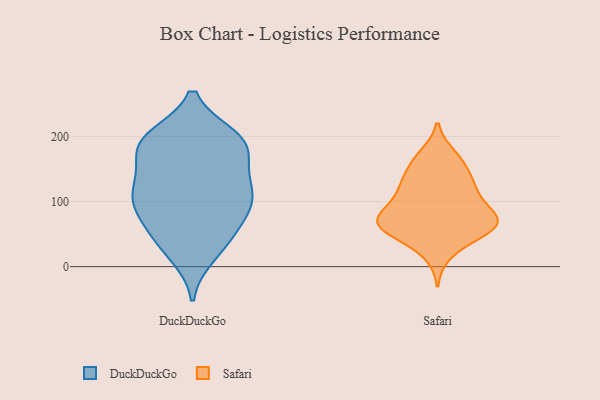
{"axis": {"x": "Market Share (%)", "y": "Value"}, "legend": ["DuckDuckGo", "Safari"], "data": [{"x": "", "y": 83, "type": "DuckDuckGo"}, {"x": "", "y": 198, "type": "DuckDuckGo"}, {"x": "", "y": 118, "type": "DuckDuckGo"}, {"x": "", "y": 146, "type": "DuckDuckGo"}, {"x": "", "y": 104, "type": "DuckDuckGo"}, {"x": "", "y": 138, "type": "DuckDuckGo"}, {"x": "", "y": 191, "type": "DuckDuckGo"}, {"x": "", "y": 108, "type": "DuckDuckGo"}, {"x": "", "y": 192, "type": "DuckDuckGo"}, {"x": "", "y": 61, "type": "DuckDuckGo"}, {"x": "", "y": 182, "type": "DuckDuckGo"}, {"x": "", "y": 35, "type": "DuckDuckGo"}, {"x": "", "y": 190, "type": "DuckDuckGo"}, {"x": "", "y": 44, "type": "DuckDuckGo"}, {"x": "", "y": 107, "type": "DuckDuckGo"}, {"x": "", "y": 19, "type": "DuckDuckGo"}, {"x": "", "y": 191, "type": "DuckDuckGo"}, {"x": "", "y": 92, "type": "DuckDuckGo"}, {"x": "", "y": 76, "type": "Safari"}, {"x": "", "y": 74, "type": "Safari"}, {"x": "", "y": 119, "type": "Safari"}, {"x": "", "y": 127, "type": "Safari"}, {"x": "", "y": 116, "type": "Safari"}, {"x": "", "y": 170, "type": "Safari"}, {"x": "", "y": 20, "type": "Safari"}, {"x": "", "y": 72, "type": "Safari"}, {"x": "", "y": 160, "type": "Safari"}, {"x": "", "y": 160, "type": "Safari"}, {"x": "", "y": 131, "type": "Safari"}, {"x": "", "y": 48, "type": "Safari"}, {"x": "", "y": 69, "type": "Safari"}, {"x": "", "y": 105, "type": "Safari"}, {"x": "", "y": 65, "type": "Safari"}, {"x": "", "y": 64, "type": "Safari"}, {"x": "", "y": 79, "type": "Safari"}, {"x": "", "y": 49, "type": "Safari"}, {"x": "", "y": 64, "type": "Safari"}]}